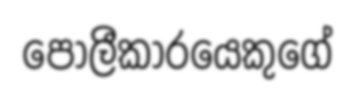
පොලීකාරයෙකුගේ